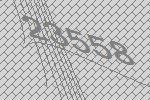
23558